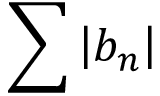
\sum \left\vert b _ { n } \right\vert